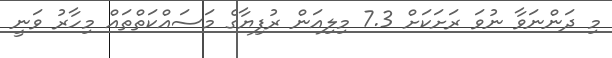
މި ދަންނަވާ ނުވަ ރަށަކަށް 7.3 މިލިއަން ރުފިޔާގެ މަސައްކަތްތައް މިހާރު ވަނީ